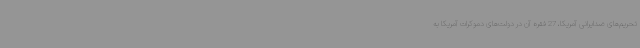
تحریم‌های ضدایرانی آمریکا، 27 فقره آن در دولت‌های دموکرات آمریکا به